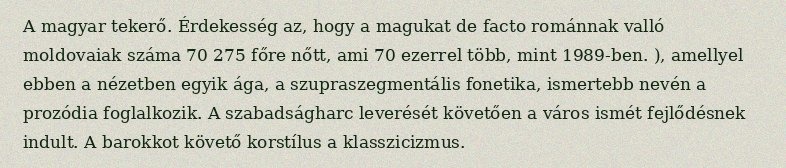
A magyar tekerő. Érdekesség az, hogy a magukat de facto románnak valló moldovaiak száma 70 275 főre nőtt, ami 70 ezerrel több, mint 1989-ben. ), amellyel ebben a nézetben egyik ága, a szupraszegmentális fonetika, ismertebb nevén a prozódia foglalkozik. A szabadságharc leverését követően a város ismét fejlődésnek indult. A barokkot követő korstílus a klasszicizmus.